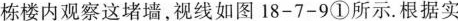
栋楼内观察这堵墙，视线如图18-7-9①所示。根据实